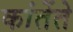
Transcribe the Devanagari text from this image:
कांतेंते